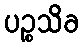
ပဉ္စသိခ